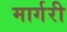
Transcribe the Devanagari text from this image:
मार्गरी